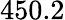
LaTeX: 450.2